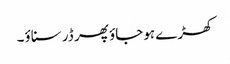
کھڑے ہوجاؤ پھر ڈر سناؤ۔